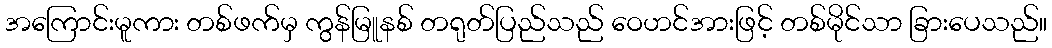
အကြောင်းမူကား တစ်ဖက်မှ ကွန်မြူနစ် တရုတ်ပြည်သည် ဝေဟင်အားဖြင့် တစ်မိုင်သာ ခြားပေသည်။